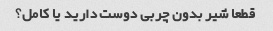
قطعا شیر بدون چربی دوست دارید یا کامل؟